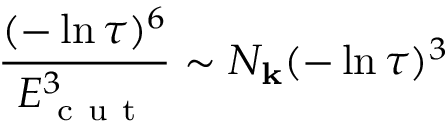
\frac { ( - \ln { \tau } ) ^ { 6 } } { E _ { \mathrm { ~ c ~ u ~ t ~ } } ^ { 3 } } \sim N _ { \mathbf { k } } ( - \ln { \tau } ) ^ { 3 }